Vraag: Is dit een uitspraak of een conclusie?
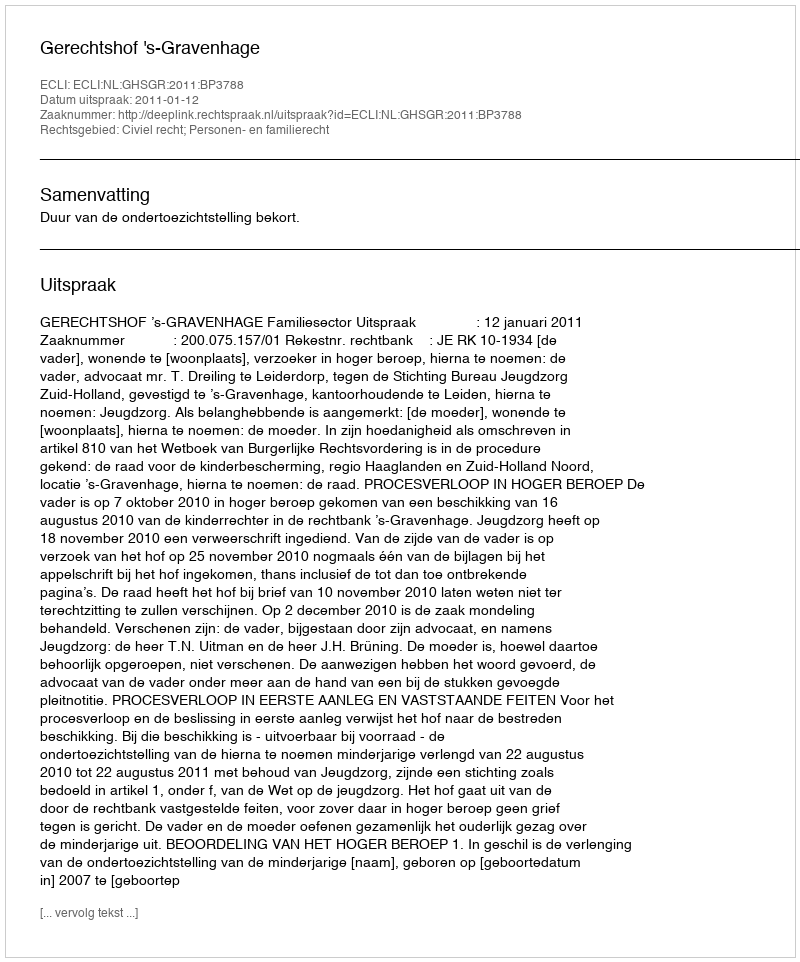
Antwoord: Uitspraak